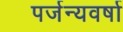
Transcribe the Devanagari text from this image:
पर्जन्यवर्षा